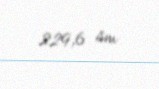
229,6 sm